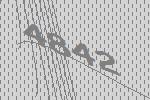
4842